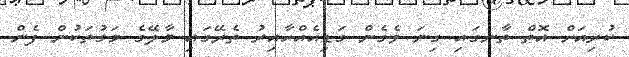
ކުރިއަށް އޮތް ތާނގައި ގިނަ ވެގެން ގަޑިއެއްހާއިރު ތެރޭގައި މާލޭގެ މަގުތަކުން ފެން